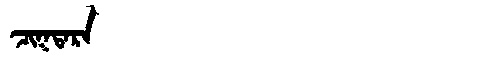
Manchu: ᠴᡳᡴᡨᠠᡵᠠ
Romanization: CIKTARA